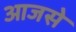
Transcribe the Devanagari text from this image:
आजसे